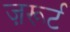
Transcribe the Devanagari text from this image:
ज़रूर्ट